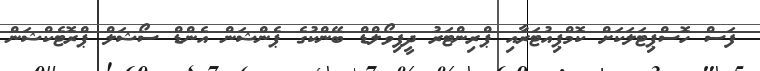
ފަސް ހޮސްޕިޓަލަކަށް ކޮމްޕިއުޓަރާއި ޕްރިންޓަރު ދީފިވޯލްޑް ބޭންކުގެ ޕެންޝަން އެންޑް ސޯޝަލް ޕްރޮޓެކްޝަން